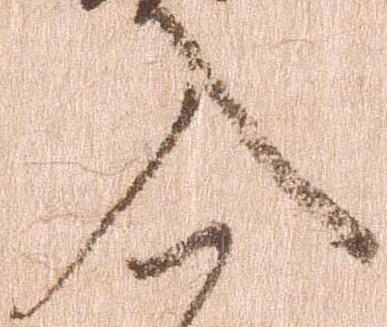
入